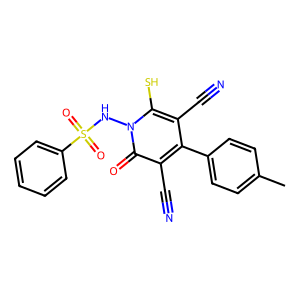
SMILES: Cc1ccc(-c2c(C#N)c(S)n(NS(=O)(=O)c3ccccc3)c(=O)c2C#N)cc1
Inhibits HIV replication: No